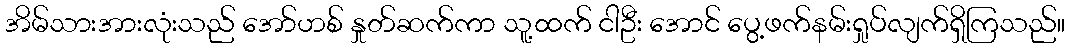
အိမ်သားအားလုံးသည် အော်ဟစ် နှုတ်ဆက်ကာ သူ့ထက် ငါဦး အောင် ပွေ့ဖက်နမ်းရှုပ်လျက်ရှိကြသည်။